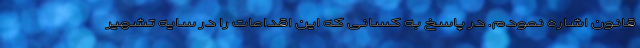
قانون اشاره نمودم. در پاسخ به کسانی که این اقدامات را در سایه تشهیر